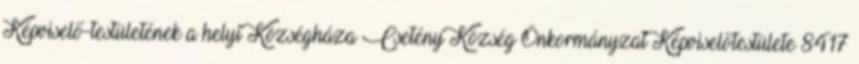
Képviselő-testületének a helyi Községháza Csetény Község Önkormányzat Képviselőtestülete 8417